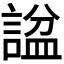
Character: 𬢶